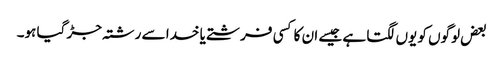
بعض لوگوں کو یوں لگتا ہے جیسے ان کا کسی فرشتے یا خدا سے رشتہ جڑ گیا ہو۔